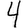
Digit: 4